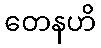
တေနဟိ